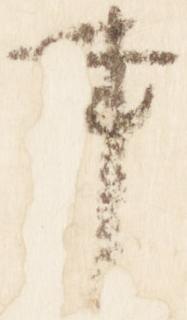
事